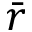
\bar { r }